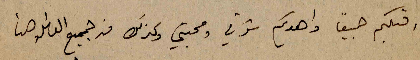
اقبلكم جميعاً واهديكم شوقي ومحبتي وكذلك من جميع الناس هنا